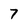
Character: 7